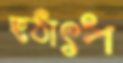
হঠাৎপ